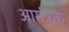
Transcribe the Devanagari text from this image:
आमंत्रक